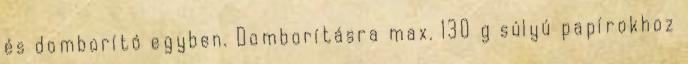
és domborító egyben. Domborításra max. 130 g súlyú papírokhoz